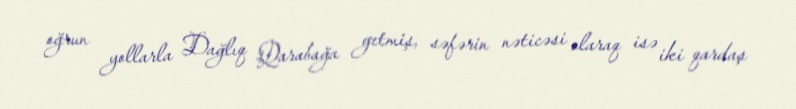
oğrun yollarla Dağlıq Qarabağa getmiş, səfərin nəticəsi olaraq isə iki qardaş